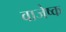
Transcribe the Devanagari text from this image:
वाजेष्क